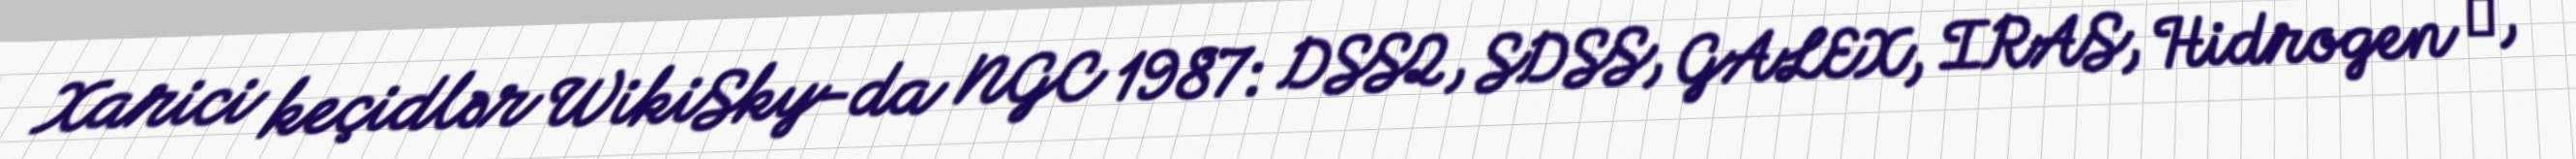
Xarici keçidlər WikiSky-da NGC 1987: DSS2, SDSS, GALEX, IRAS, Hidrogen α,